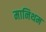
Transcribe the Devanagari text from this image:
मानिथम